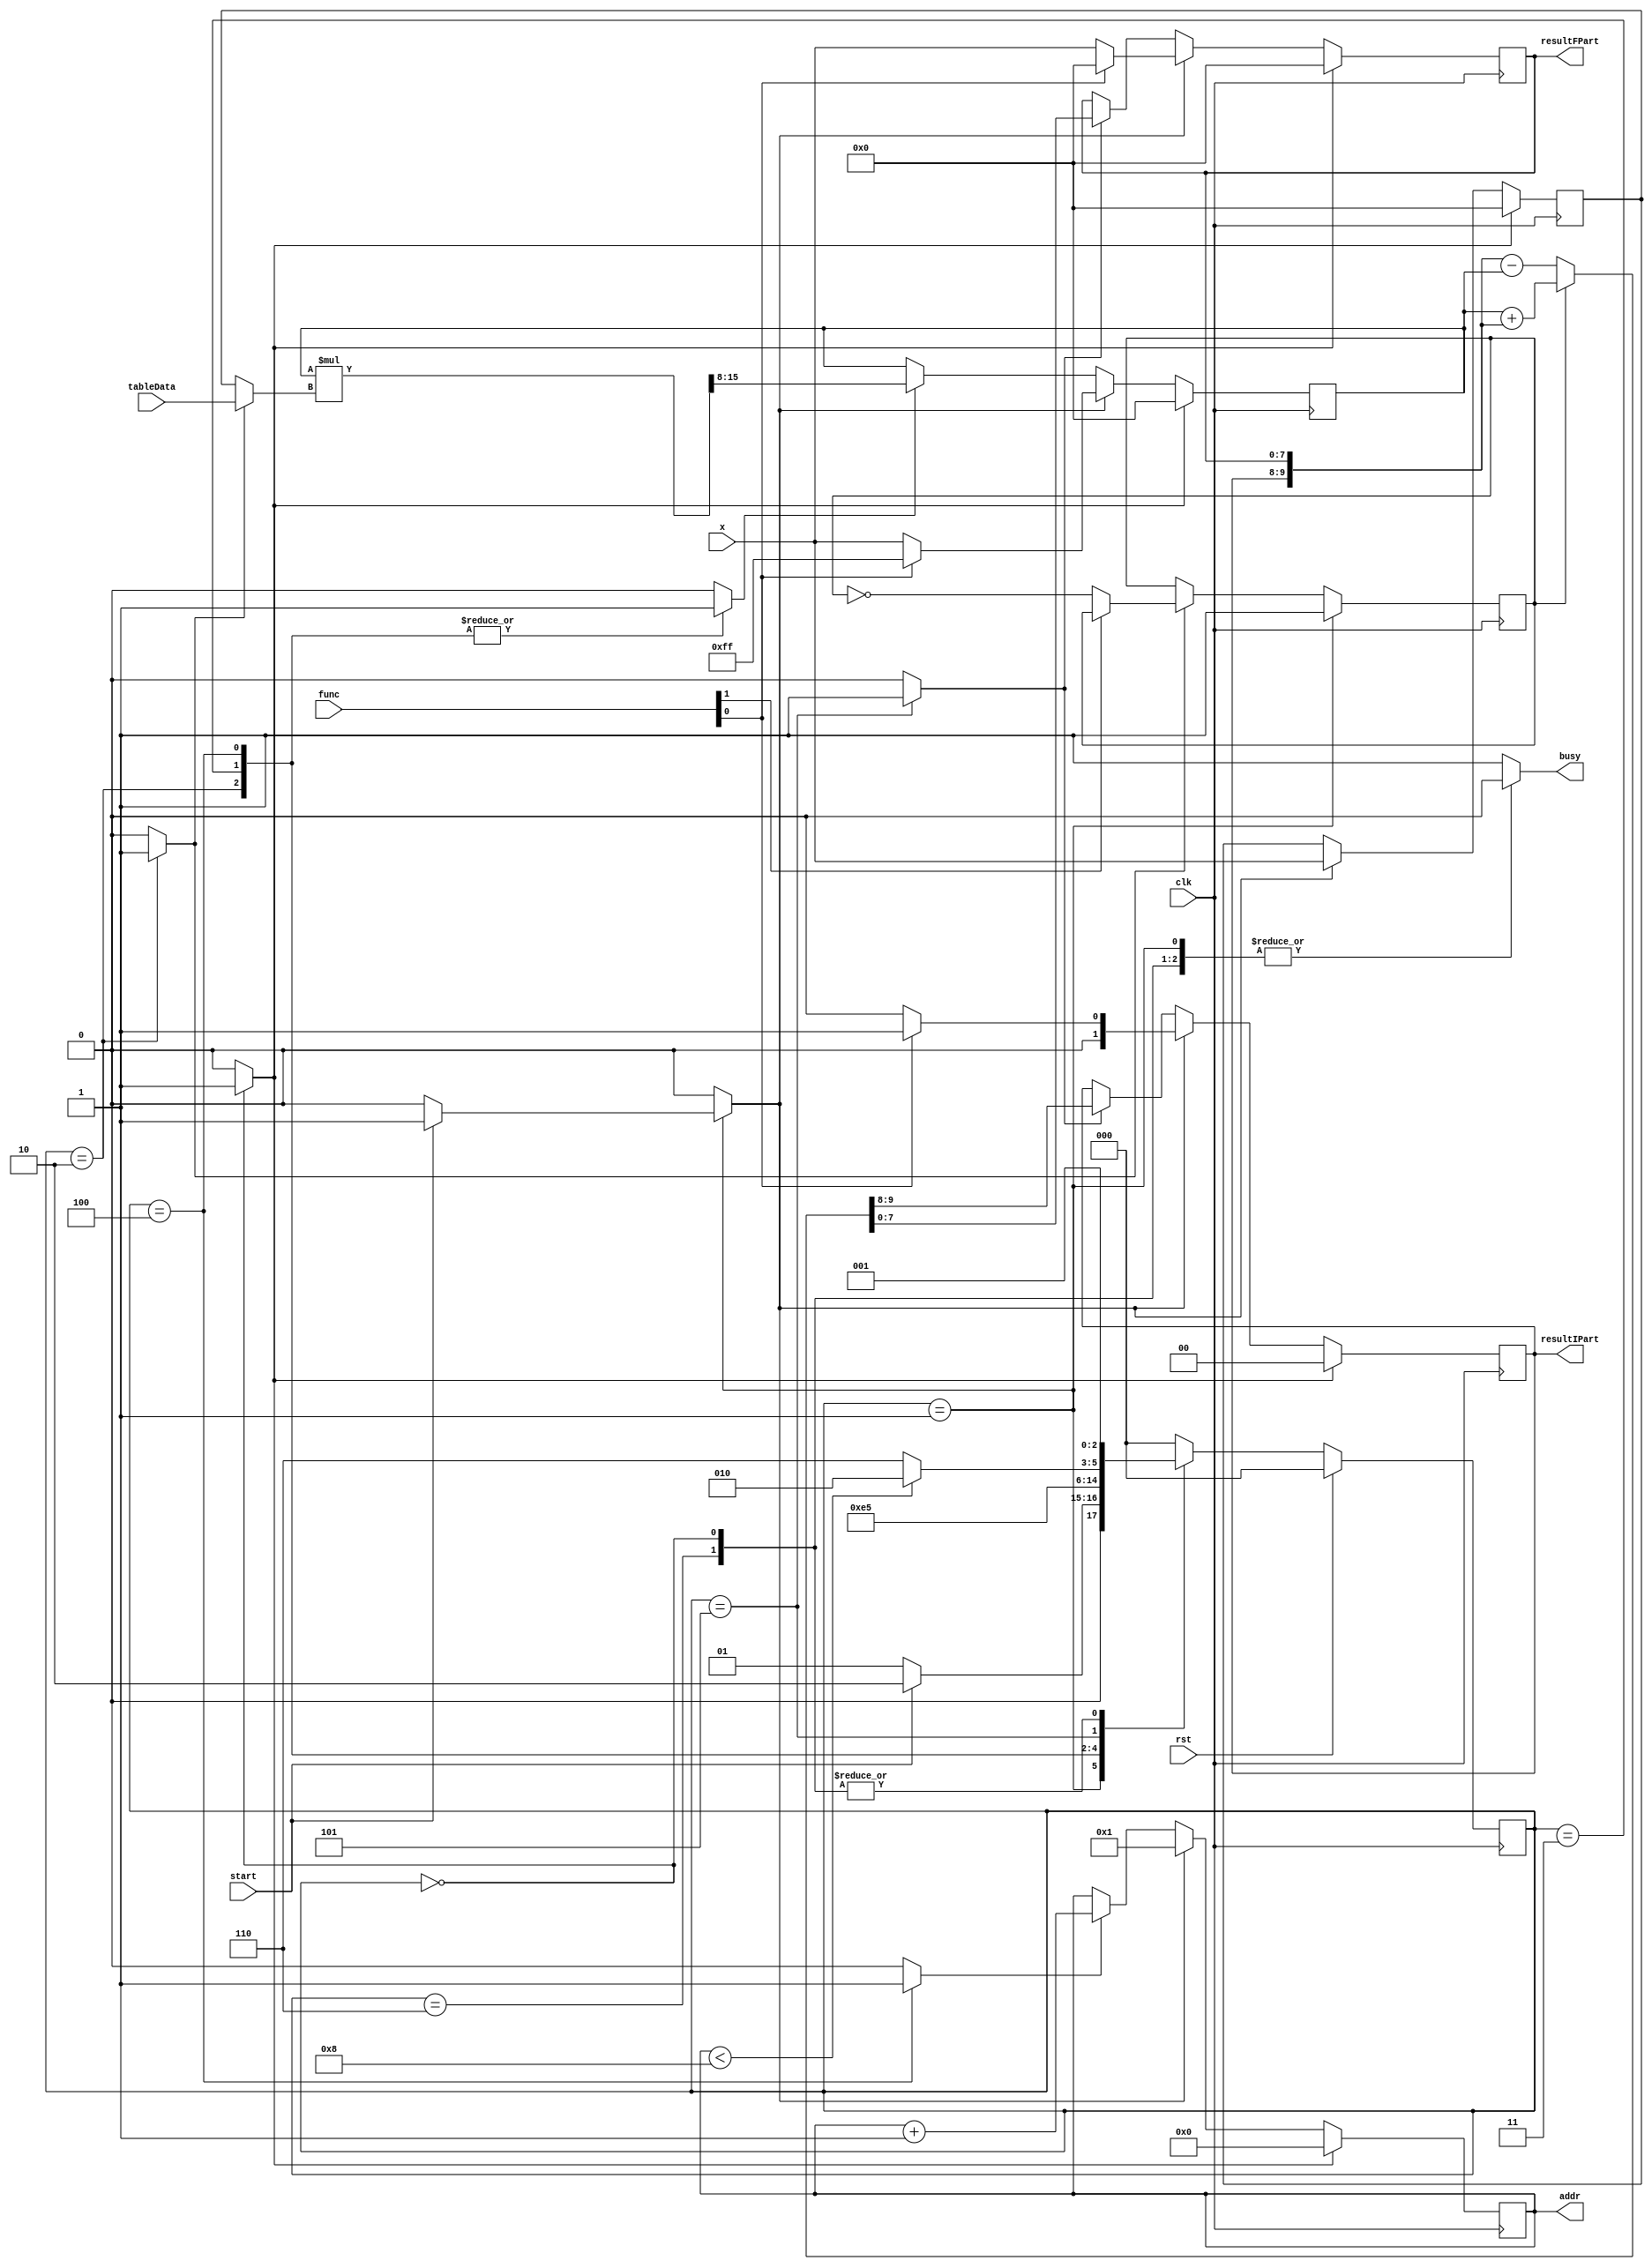
`timescale 1 ns/ 100 ps

`define	RESET			0
`define	WAIT_ON_START	1
`define	CALC_NEXT_TERM_1	2
`define	CALC_NEXT_TERM_2	3
`define	CALC_NEXT_TERM_3	4
`define	ADD_NEW_TERM		5
`define	CALC_COMPLETE		6



module fourFuncEngine	( clk, rst, start, func, x, busy, addr, tableData, resultIPart, resultFPart );
			
	parameter F_WIDTH = 8;
	parameter NUM_OF_TERMS = 8; 
	parameter CNT_WIDTH = 4;

	input	clk;
	input	rst;
	input	start;
	input [1:0] func;
	input  [F_WIDTH - 1:0] x;
	output 	busy;
	output [CNT_WIDTH - 1:0] addr;
	input  [F_WIDTH - 1: 0 ] tableData;
	output [1:0 ] resultIPart;
	output [F_WIDTH - 1: 0 ]resultFPart;
	
	reg [F_WIDTH - 1:0] registerdX;
	reg [F_WIDTH - 1:0] term;
	reg [1:0 ] resultIPart;
	reg [F_WIDTH - 1: 0 ]resultFPart; 
	
	wire [F_WIDTH * 2  - 1: 0 ] multResult;
	reg [F_WIDTH - 1: 0 ] multRInput;
	wire [F_WIDTH + 1: 0] addResult,subResult;
	reg [CNT_WIDTH - 1:0] counter;
	wire [31:0] zeros;

	
	reg addsub;
	reg loadInput;
	reg rstInput;
	reg loadTerm;
	reg initTerm;
	reg rstTerm;
	reg selTableData;
	reg rstResultRegs;
	reg initResultRegs;
	reg loadResultRegs;
	reg incCounter;
	reg rstCounter;
	reg initCounter;
	reg busy;
	reg negateAddSubReg;
	
	reg [2:0] pState, nState;

//=========================================================================================================================	
//Datapath
//=========================================================================================================================	
	//input register
	always @(posedge clk ) begin
		if( rstInput )
			registerdX <= 0;
		else if( loadInput )
			registerdX <= x;
	end
	
	//Term register: register storing one of terms in Tailor series
	always  @( posedge clk ) begin
		if( rstTerm )
			term <= 0;
		else if( initTerm ) begin
			term <= (func[0]==1'b1)? 32'hFFFFFFFF : {zeros[31:F_WIDTH],x} ;
			end
		else if( loadTerm )
			term <= multResult [F_WIDTH * 2  - 1: F_WIDTH ];		
	end
	
	//Multiplexer on the right input of the multiplier
	always @( selTableData or tableData or registerdX ) begin
		if( selTableData )
			multRInput <= tableData;
		else
			multRInput <= registerdX;
	end
		
	//Multiplier
	
	assign 	multResult = term * multRInput ;
	
	//Adder
	assign addResult = term + { resultIPart, resultFPart };
	assign subResult = { resultIPart, resultFPart } - term;
	//Registers storing integral part and fractional parts of the result
	always @(posedge clk ) begin
		if( rstResultRegs )
			{ resultIPart, resultFPart } <= 0;
		else if( initResultRegs ) begin
			resultIPart <= (func[0]==1'b1) ? 1 : 0;	
            resultFPart <= (func[0]==1'b1) ? 0 : x;				
        end
		else if( loadResultRegs )
			{ resultIPart, resultFPart } <= (addsub==1'b1) ?addResult : subResult;
	end
	
	//Counter
	always @(posedge clk ) begin
		if( rstCounter )
			counter <= 0;
		else if ( initCounter )
			counter <= 1;
		else if( incCounter )
			counter <= counter + 1;
	end
	
	assign addr = counter;
	assign zeros=		32'h00000000;
//=========================================================================================================================	
//Controller
//=========================================================================================================================	

	
	always @( pState or rst or start or counter ) begin
		nState <= `RESET;
		loadInput <= 1'b0;
		rstInput <= 1'b0;
		loadTerm <= 1'b0;
		rstTerm <= 1'b0;
		initTerm <= 1'b0;
		selTableData <= 1'b0;
		rstResultRegs <= 1'b0;
		initResultRegs <= 1'b0;
		loadResultRegs <= 1'b0;
		initResultRegs <= 1'b0;
		incCounter <= 1'b0;
		rstCounter <= 1'b0;
		initCounter <= 1'b0;
		busy <= 1'b1;
		negateAddSubReg <= 1'b0;

		case ( pState )
			`RESET : begin
				//addsub <= 1'b0;
				rstInput <= 1'b1;
				rstTerm  <= 1'b1;
				rstResultRegs  <= 1'b1;
				rstCounter  <= 1'b1;
				busy <= 1'b0;
				if( rst )
					nState <= `RESET;
				else
					nState <= `WAIT_ON_START;
			end
			
			`WAIT_ON_START: begin
				busy <= 1'b0;				
				if( start ) begin
					loadInput <= 1'b1;
					initResultRegs <= 1'b1;
					initTerm <= 1'b1;
					initCounter <= 1'b1;
					nState <= `CALC_NEXT_TERM_1;
				end
				else
					nState <= `WAIT_ON_START;
			end
			
			`CALC_NEXT_TERM_1: begin
			    negateAddSubReg <= 1'b1;
				selTableData <= 1'b1;
				loadTerm <=1'b1;
				nState <= `CALC_NEXT_TERM_2;
			end
			
			`CALC_NEXT_TERM_2: begin
				loadTerm <=1'b1;
				nState <= `CALC_NEXT_TERM_3;
			end
			
			`CALC_NEXT_TERM_3: begin
				loadTerm <=1'b1;
				incCounter <= 1'b1;
				nState <= `ADD_NEW_TERM;
			end
			
			`ADD_NEW_TERM: begin
				loadResultRegs <= 1'b1;
				if( counter < NUM_OF_TERMS )
					nState <= `CALC_NEXT_TERM_1;
				else
					nState <= `CALC_COMPLETE;
			end
			
			`CALC_COMPLETE: begin
				busy <= 1'b0;
				nState <= `WAIT_ON_START;
			end
		
		endcase
		
	end


	always @(posedge clk ) begin
		if( rst )
			pState <= `RESET;
		else
			pState <= nState;
	end

	always @(posedge clk ) begin
	if( pState== `WAIT_ON_START )
		addsub <= 1'b1;
	else if(negateAddSubReg == 1'b1)
	  if(func[1]==1'b0)
		addsub <= (~addsub);
	end
	

	
endmodule